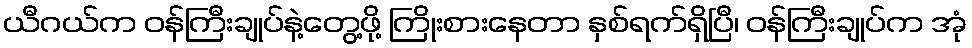
ယီဂယ်က ဝန်ကြီးချုပ်နဲ့တွေ့ဖို့ ကြိုးစားနေတာ နှစ်ရက်ရှိပြီ၊ ဝန်ကြီးချုပ်က အုံ